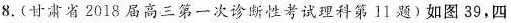
8.(甘肃省2018届高三第一次诊断性考试理科第11题)如图39，四